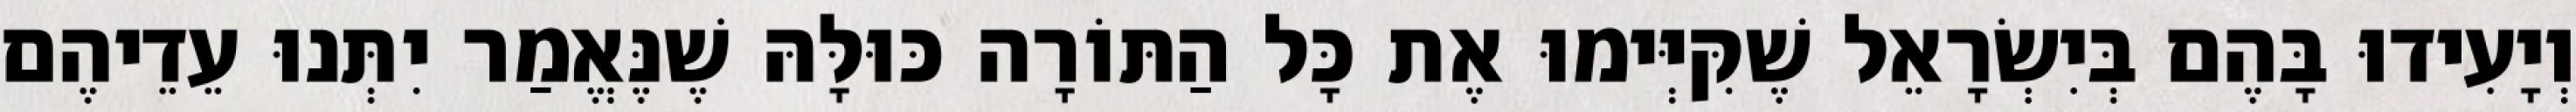
וְיָעִידוּ בָּהֶם בְּיִשְׂרָאֵל שֶׁקִּיְּימוּ אֶת כָּל הַתּוֹרָה כּוּלָּהּ שֶׁנֶּאֱמַר יִתְּנוּ עֵדֵיהֶם